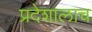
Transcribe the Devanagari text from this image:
प्रदेशालाच